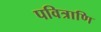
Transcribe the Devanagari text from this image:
पवित्राणि